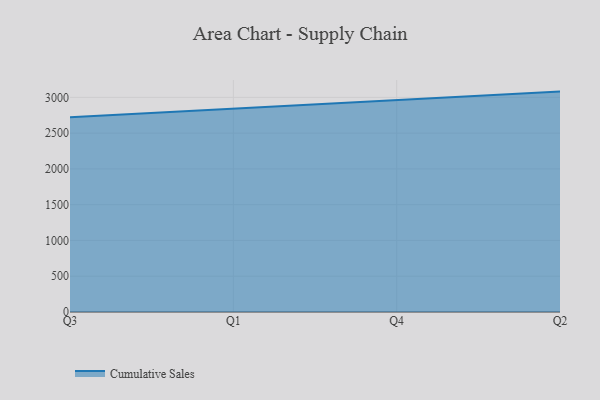
{"axis": {"x": "Quarter", "y": "Conversion Rate (%)"}, "legend": ["Cumulative Sales"], "data": [{"x": "Q3", "y": 2720.8, "type": "Cumulative Sales"}, {"x": "Q1", "y": 2838.4, "type": "Cumulative Sales"}, {"x": "Q4", "y": 2961.1, "type": "Cumulative Sales"}, {"x": "Q2", "y": 3081.0, "type": "Cumulative Sales"}]}